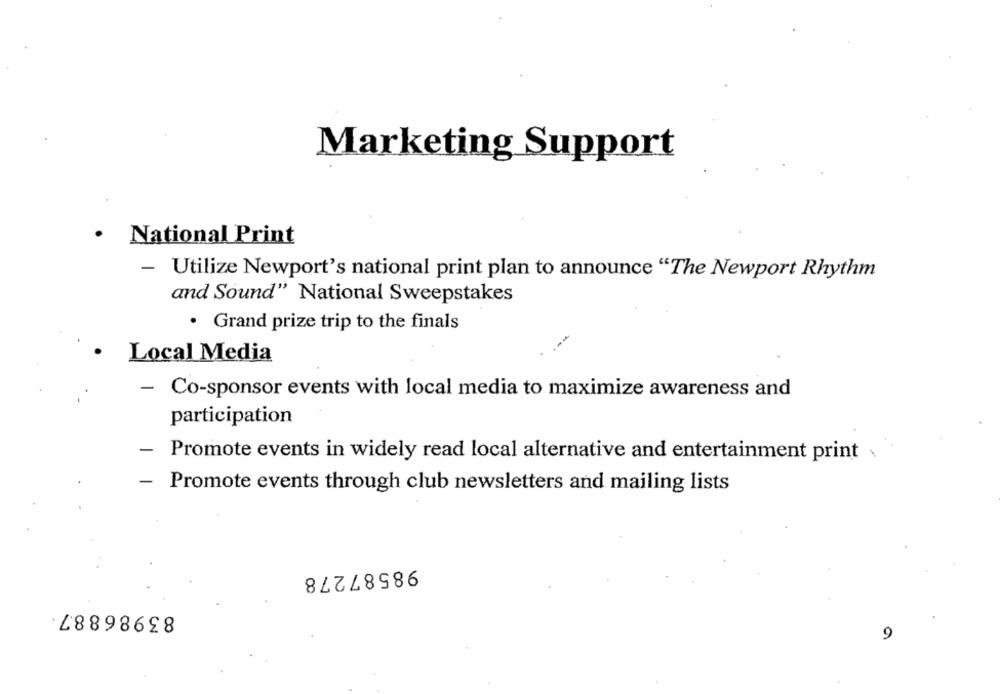
Marketing Support
· National Print
- Utilize Newport's national print plan to announce "The Newport Rhythm
and Sound" National Sweepstakes
· Grand prize trip to the finals
--
Local Media
- Co-sponsor events with local media to maximize awareness and
participation
-
Promote events in widely read local alternative and entertainment print .
-
Promote events through club newsletters and mailing lists
98587278
83986887.
9